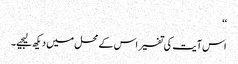
‘‘
اس آیت کی تفسیر اس کے محل میں دیکھ لیجیے۔